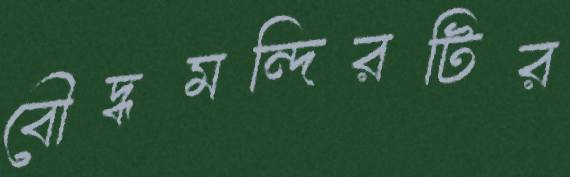
বৌদ্ধমন্দিরটির